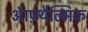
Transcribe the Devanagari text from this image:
ऑफ़्थैल्मिक